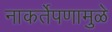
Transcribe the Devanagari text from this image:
नाकर्तेपणामुळे